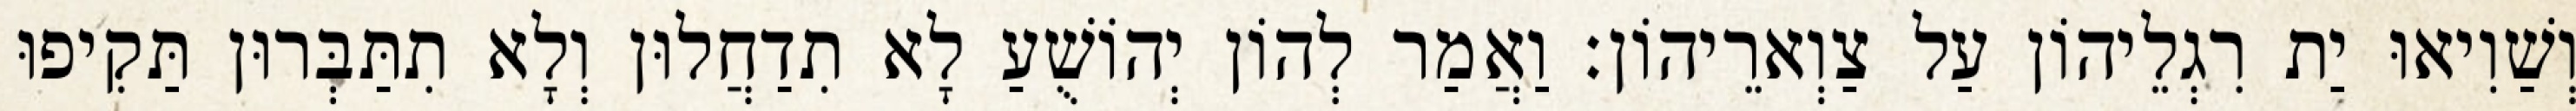
וְשַׁוִיאוּ יַת רִגְלֵיהוֹן עַל צַוְארֵיהוֹן׃ וַאֲמַר לְהוֹן יְהוֹשֻׁעַ לָא תִדַחֲלוּן וְלָא תִתַּבְּרוּן תַּקִיפוּ